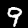
Digit: 9